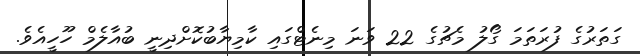
ގަތަރުގެ ފުރަތަމަ ގޯލު މެޗުގެ 22 ވަނަ މިނެޓްގައި ކާމިޔާބުކޮށްދިނީ ބުއާލެމް ހޫހީއެވެ.